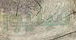
سنيور